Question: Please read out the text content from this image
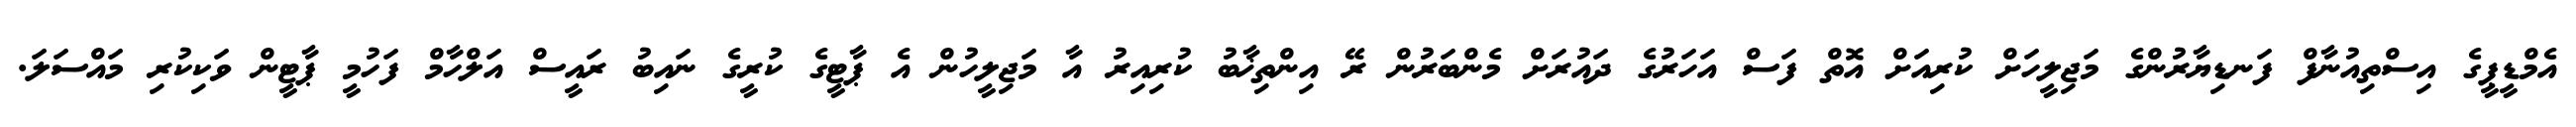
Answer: އެމްޑީޕީގެ އިސްތިއުނާފް ފަނޑިޔާރުންގެ މަޖިލީހަށް ކުރިއަށް އޮތް ފަސް އަހަރުގެ ދައުރަށް މެންބަރުން ރޭ އިންތިޚާބު ކުރިއިރު އާ މަޖިލީހުން އެ ޕާޓީގެ ކުރީގެ ނައިބު ރައީސް އަލްހާމް ފަހުމީ ޕާޓީން ވަކިކުރި މައްސަލަ.